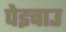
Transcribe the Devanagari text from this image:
पेइचाउ